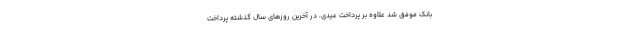
بانک موفق شد علاوه بر پرداخت عیدی، در آخرین روزهای سال گذشته پرداخت